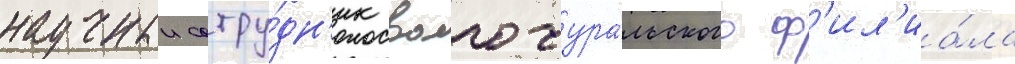
научныи сотру́дн'ик волго-ура́льского ф'ил'иа́ла